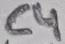
Text: C4